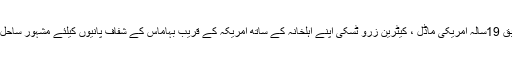
تفصیلات کے مطابق 19سالہ امریکی ماڈل ، کیٹرین زرو ٹسکی اپنے اہلخانہ کے ساتھ امریکہ کے قریب بہاماس کے شفاف پانیوں کیلئے مشہور ساحل پر تیرا کی میں ...